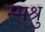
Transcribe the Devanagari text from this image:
स्मश्रु